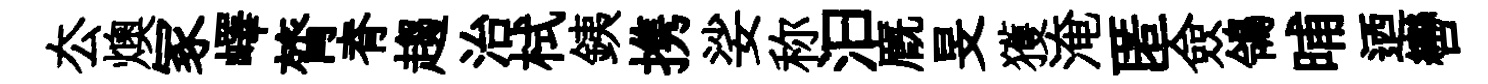
厺燠冢嶧膂脊趨治栻銕携娑称汩廐旻獲淹匿僉鴒晡迺轡